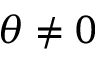
\theta \ne 0